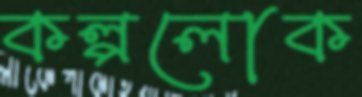
কল্পলোক